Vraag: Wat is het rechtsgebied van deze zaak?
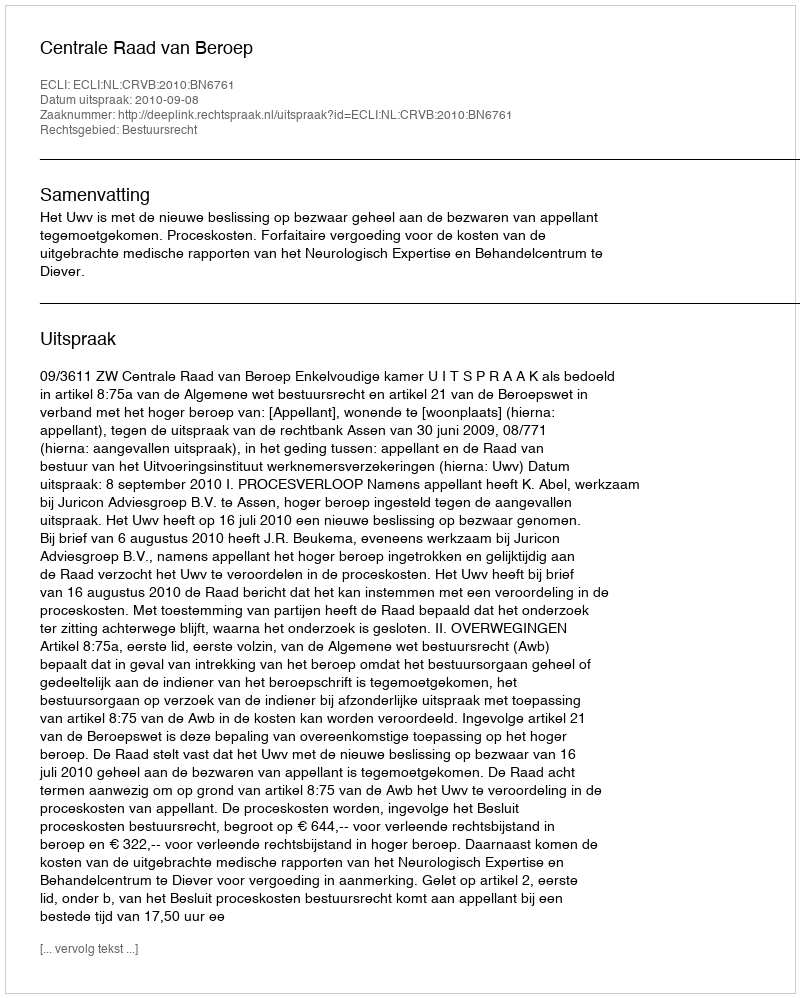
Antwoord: Bestuursrecht